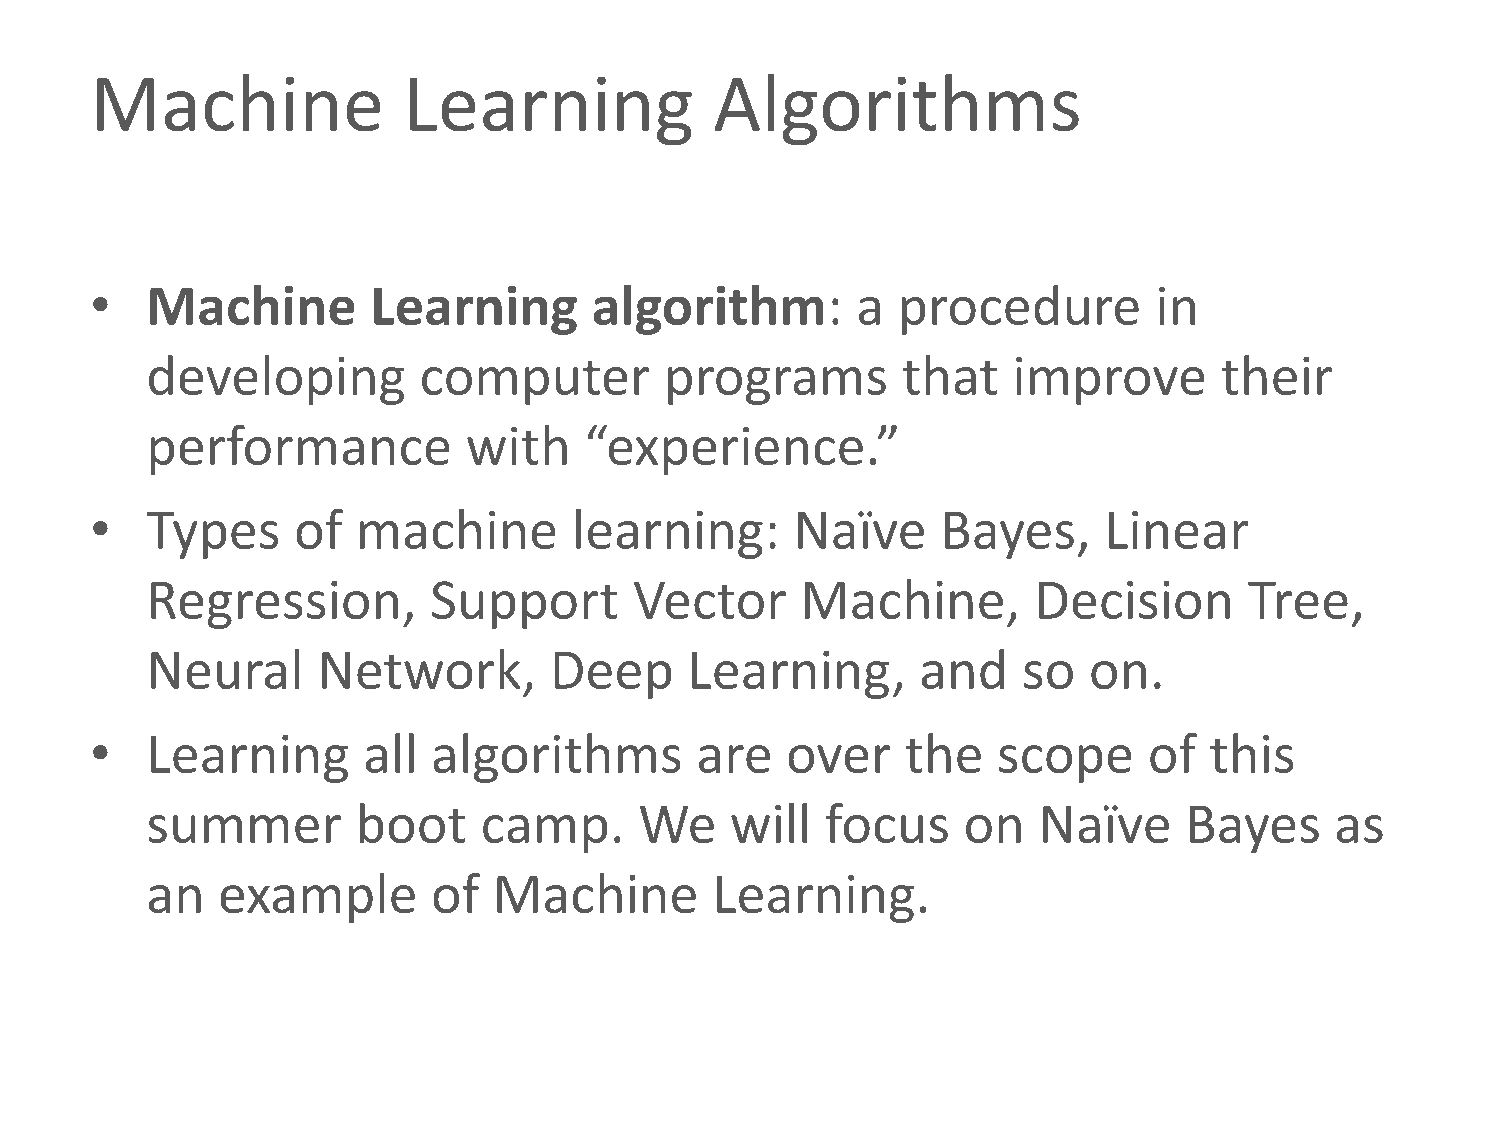
Machine              Learning            Algorithms
 •   Machine        Learning      algorithm:        a procedure        in
 developing        computer        programs        that   improve       their
 performance          with    “experience.”
 •   Types    of   machine       learning:      Naïve    Bayes,     Linear
 Regression,       Support       Vector     Machine,       Decision       Tree,
 Neural     Network,       Deep     Learning,       and    so  on.
 •   Learning      all  algorithms       are   over    the   scope     of  this
 summer        boot    camp.     We    will   focus    on   Naïve    Bayes     as
 an  example        of  Machine       Learning.